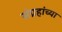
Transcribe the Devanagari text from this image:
संग्रहांच्या